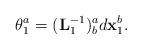
LaTeX: \begin{align*}\theta_{1}^{a}=(\mathbf{L}_{1}^{-1})_{b}^{a}d\mathbf{x}_{1}^{b}.\end{align*}